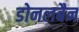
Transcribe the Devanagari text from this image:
डोनलबैन